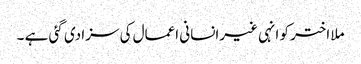
ملا اختر کو انہی غیرانسانی اعمال کی سزا دی گئی ہے ۔